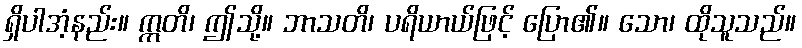
ရှိပါအံ့နည်း။ ဣတိ၊ ဤသို့။ ဘာသတိ၊ ပရိယာယ်ဖြင့် ပြော၏။ သော၊ ထိုသူသည်။